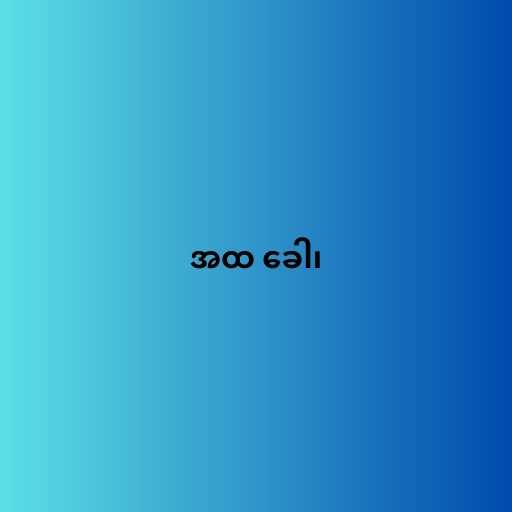
အထ ခေါ၊